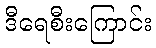
ဒီရေစီးကြောင်း